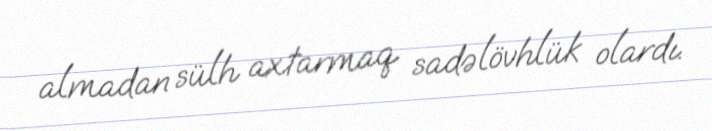
almadan sülh axtarmaq sadəlövhlük olardı.